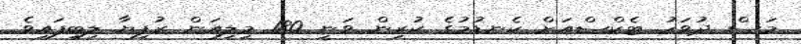
މަސް ދުވަހު ޓެކްސްއަށް ކެނޑުމުގެ ކުރިން ވަނީ 180 މިލިއަން ރުފިޔާ ލިބިފައިވެ